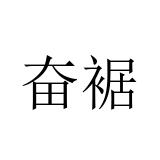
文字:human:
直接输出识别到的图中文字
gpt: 奋裾